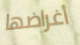
أغراضها